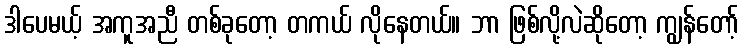
ဒါပေမယ့် အကူအညီ တစ်ခုတော့ တကယ် လိုနေတယ်။ ဘာ ဖြစ်လို့လဲဆိုတော့ ကျွန်တော့်